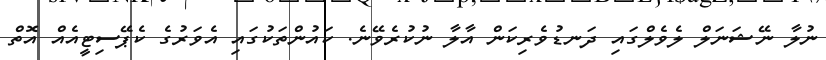
ނުލާ ނޭޝަނަލް ލެވެލްގައި ދަނޑުވެރިކަން އާލާ ނުކުރެވޭނެ. ކައުންތަކުގައި އެވަރުގެ ކެޕޭސިޓީއެއް އޮތް